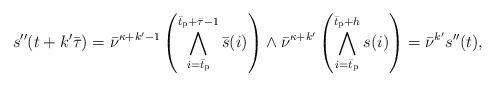
LaTeX: \begin{align*} s''(t+k'\bar{\tau}) = \bar{\nu}^{\kappa+k'-1}\left(\bigwedge_{i = \bar{t}_\textup{p}}^{\bar{t}_{\textup{p}}+\bar{\tau}-1} \bar{s}(i) \right) \wedge \bar{\nu}^{\kappa+k'}\left(\bigwedge_{i = \bar{t}_\textup{p}}^{\bar{t}_\textup{p}+h} s(i)\right) = \bar{\nu}^{k'} s''(t),\end{align*}